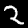
Label: 2